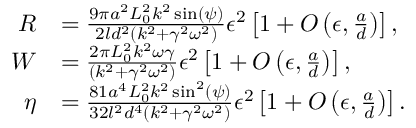
\begin{array} { r l } { R } & { = \frac { 9 \pi a ^ { 2 } L _ { 0 } ^ { 2 } k ^ { 2 } \sin ( \psi ) } { 2 l d ^ { 2 } ( k ^ { 2 } + \gamma ^ { 2 } \omega ^ { 2 } ) } \epsilon ^ { 2 } \left[ 1 + O \left( \epsilon , \frac { a } { d } \right) \right] , } \\ { W } & { = \frac { 2 \pi L _ { 0 } ^ { 2 } k ^ { 2 } \omega \gamma } { \left( k ^ { 2 } + \gamma ^ { 2 } \omega ^ { 2 } \right) } \epsilon ^ { 2 } \left[ 1 + O \left( \epsilon , \frac { a } { d } \right) \right] , } \\ { \eta } & { = \frac { 8 1 a ^ { 4 } L _ { 0 } ^ { 2 } k ^ { 2 } \sin ^ { 2 } ( \psi ) } { 3 2 l ^ { 2 } d ^ { 4 } \left( k ^ { 2 } + \gamma ^ { 2 } \omega ^ { 2 } \right) } \epsilon ^ { 2 } \left[ 1 + O \left( \epsilon , \frac { a } { d } \right) \right] . } \end{array}